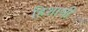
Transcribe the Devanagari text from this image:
हिशासी